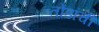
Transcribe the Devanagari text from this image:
तोंडांची